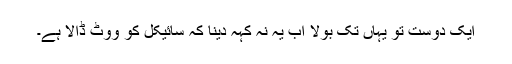
ایک دوست تو یہاں تک بولا اب یہ نہ کہہ دینا کہ سائیکل کو ووٹ ڈالا ہے۔